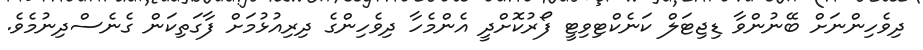
ދިވެހިންނަށް ބޭނުންވާ ޑިޖިޓަލް ކަނެކްޓިވިޓީ ފޯރުކޮށްދީ އެންމެހާ ދިވެހިންގެ ދިރިއުޅުމަށް ފާގަތިކަން ގެނެސްދިނުމެވެ.